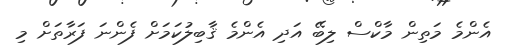
އެންމެ މަތިން މާކްސް ލިބޭ އަދި އެންމެ ޤާބިލުކަމަށް ފެންނަ ފަރާތަށް މި